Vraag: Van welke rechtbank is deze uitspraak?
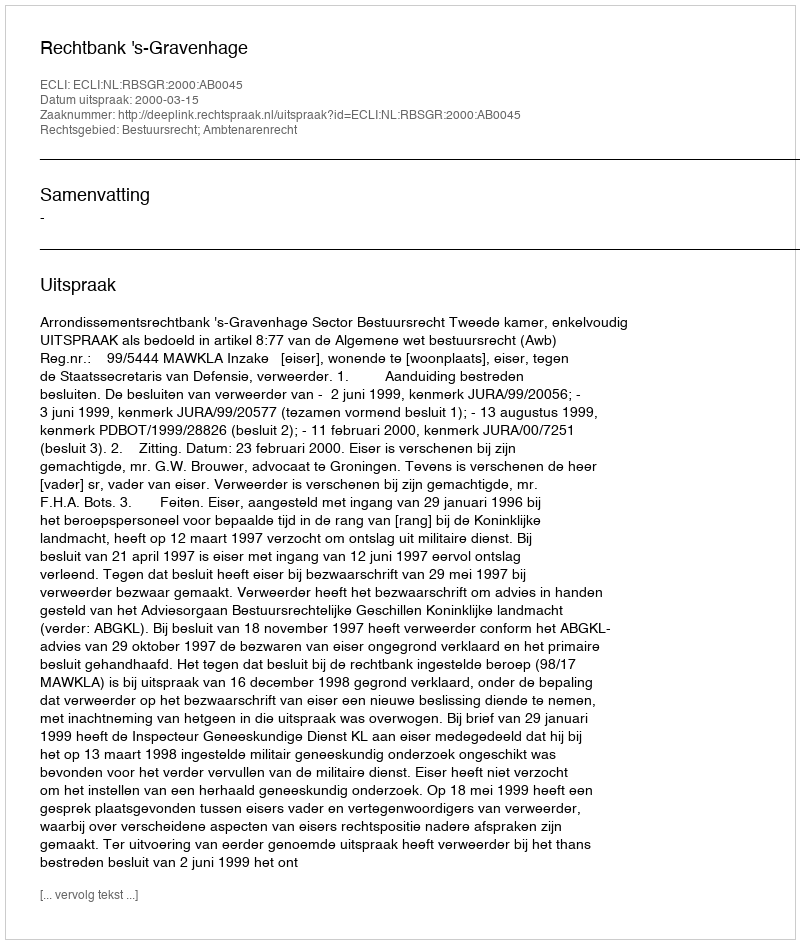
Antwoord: Rechtbank 's-Gravenhage